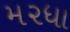
મ૨ધા